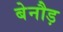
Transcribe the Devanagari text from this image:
बेनौड़